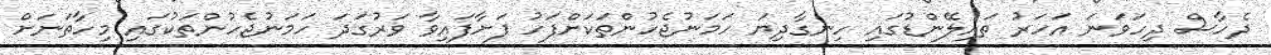
ދެހާސް ދިހަވަނަ އަހަރު ތައިލޭންޑުގައި ހިނގާދިޔަ ހަމަނުޖެހުންތަކަށްފަހު ފަށާފައިވާ ވަރުގަދަ ހަމަނުޖެހުންތަކުގައި މިހާތަނަށް